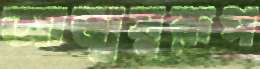
আত্মস্বরূপ